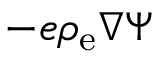
- e \rho _ { \mathrm { e } } \nabla \Psi